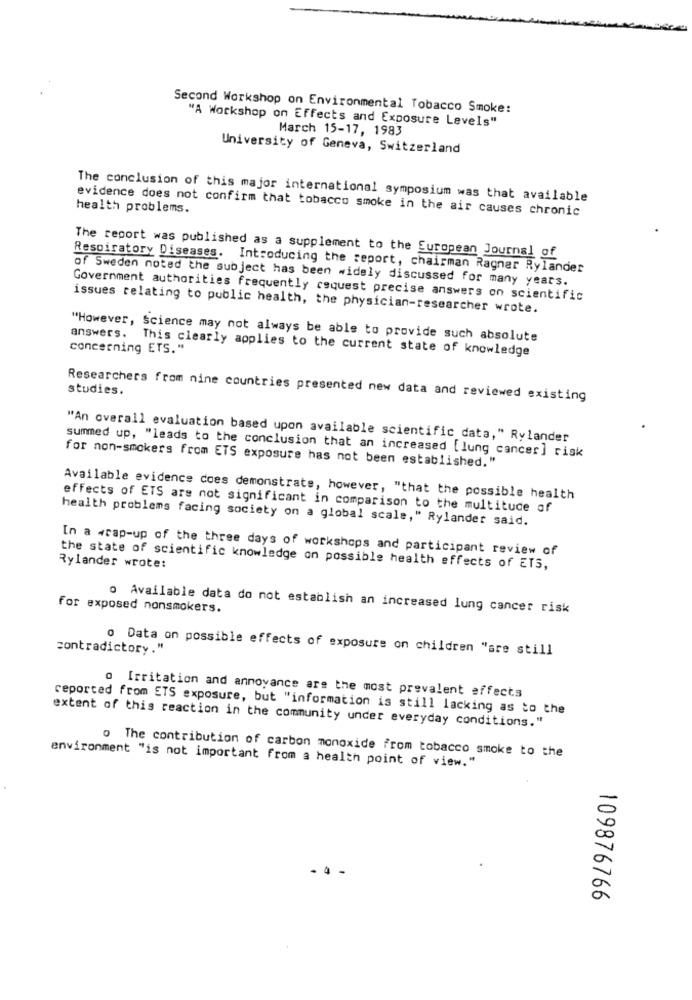
Second Workshop on Environmental Tobacco Smoke:
"A Workshop on Effects and Exposure Levels"
March 15-17, 1983
University of Geneva, Switzerland
The conclusion of this major international symposium was that available
health problems.
evidence does not confirm that tobacco smoke in the air causes chronic
The report was published as a supplement to the European Journal of
Respiratory Diseases. Introducing the report, chairman Ragnar Rylander
of Sweden noted the subject has been widely discussed for many years.
Government authorities frequently request precise answers on scientific
issues relating to public health, the physician-researcher wrote.
"However, Science may not always be able to provide such absolute
concerning ETS."
answers. This clearly applies to the current state of knowledge
studies.
Researchers from nine countries presented new data and reviewed existing
"An overall evaluation based upon available scientific data," Rylander
summed up, "leads to the conclusion that an increased [lung cancer] risk
for non-smokers from ETS exposure has not been established."
Available evidence coes demonstrate, however, "that the possible health
effects of ETS are not significant in comparison to the multitude of
health problems facing society on a global scale," Rylander said.
In a wrap-up of the three days of workshops and participant review of
Rylander wrote:
the state of scientific knowledge on possible health effects of ETS,
for exposed nonsmokers.
o Available data do not establish an increased lung cancer risk
contradictory ."
o Data on possible effects of exposure on children "are still
o Irritation and annoyance are the most prevalent effects
reported from ETS exposure, but "information is still lacking as to the
extent of this reaction in the community under everyday conditions."
o The contribution of carbon monoxide from tobacco smoke to the
environment "is not important from a health point of view."
. 4
109876766